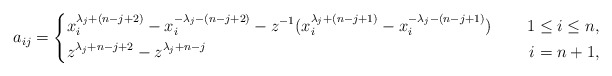
\begin{align*}a_{ij}=\left\{\begin{aligned}&x^{\lambda_j+(n-j+2)}_i-x^{-\lambda_j-(n-j+2)}_i-z^{-1}(x^{\lambda_j+(n-j+1)}_i-x^{-\lambda_j-(n-j+1)}_i)~~&~~1\leq i\leq n,\\&z^{\lambda_j+n-j+2}-z^{\lambda_j+n-j}~&~~i=n+1,\end{aligned}\right.\end{align*}